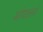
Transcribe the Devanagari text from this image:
भोपालसे